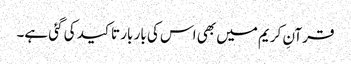
قرآنِ کریم میں بھی اس کی بار بار تاکید کی گئی ہے۔